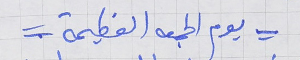
= يوم الجمعه العظيمة =